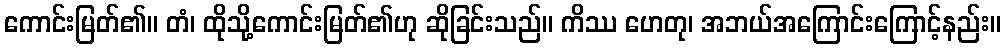
ကောင်းမြတ်၏။ တံ၊ ထိုသို့ကောင်းမြတ်၏ဟု ဆိုခြင်းသည်။ ကိဿ ဟေတု၊ အဘယ်အကြောင်းကြောင့်နည်း။